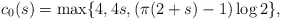
\begin{align*} c_0(s) = \max \{ 4, 4s, (\pi(2+s)-1)\log 2 \},\end{align*}